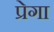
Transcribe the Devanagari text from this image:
प्रेगा